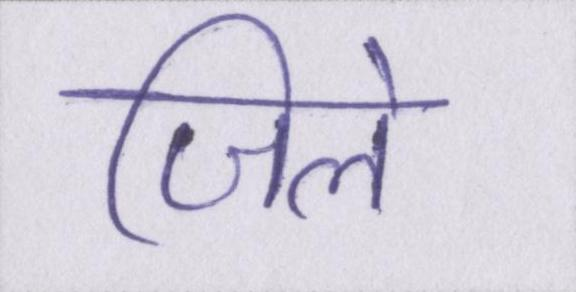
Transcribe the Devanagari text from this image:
जिले